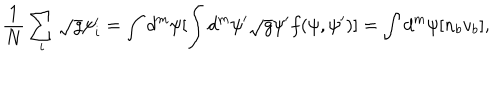
LaTeX: { \frac { 1 } { N } } \sum _ { i } \sqrt { g } \psi _ { i } ^ { \prime } = \int d ^ { m } \psi [ \int d ^ { m } \psi ^ { \prime } \sqrt { g } \psi ^ { \prime } f ( \psi , \psi ^ { \prime } ) ] = \int d ^ { m } \psi [ n _ { b } v _ { b } ] ,